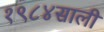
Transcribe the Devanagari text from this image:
१९८४साली